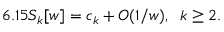
6 . 1 5 S _ { k } [ w ] = c _ { k } + { \cal { O } } ( 1 / w ) , \; \; k \geq 2 .